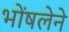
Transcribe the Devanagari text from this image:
भोंषलेने